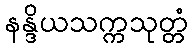
နန္ဒိယသက္ကသုတ္တံ